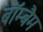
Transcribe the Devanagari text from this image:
बॉम्बैम